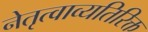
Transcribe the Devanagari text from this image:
नेतृत्वाव्यतिरिक्त